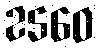
2560